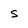
Character: s